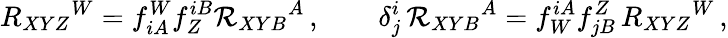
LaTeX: R_{XYZ}{}^{W}=f_{iA}^{W}f_{Z}^{iB}{\cal R}_{XYB}{}^{A}\, ,\qquad\delta_{j}^{i}\, {\cal R}_{XYB}{}^{A}=f_{W}^{iA}f_{jB}^{Z}\, R_{XYZ}{}^{W}\, ,